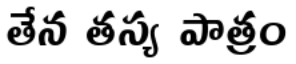
తేన తస్య పాత్రం